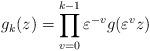
LaTeX: \begin{align*}g_k(z)= \prod_{v=0}^{k-1} \varepsilon^{-v}g(\varepsilon^v z)\end{align*}